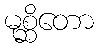
မုစ္ဆိတော